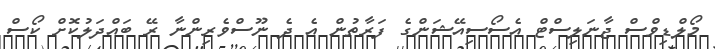
މޯލްޑިވްސް ޖާނަލިސްޓް އެސޯސިއޭޝަންގެ ފަރާތުން އެ ދެ ނޫސްވެރިންނާ ރޭ ބައްދަލުކޮށް ކޯސް